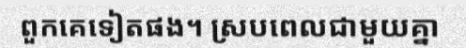
ពួកគេទៀតផង។ ស្របពេលជាមួយគ្នា